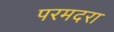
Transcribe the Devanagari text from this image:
परमदरा